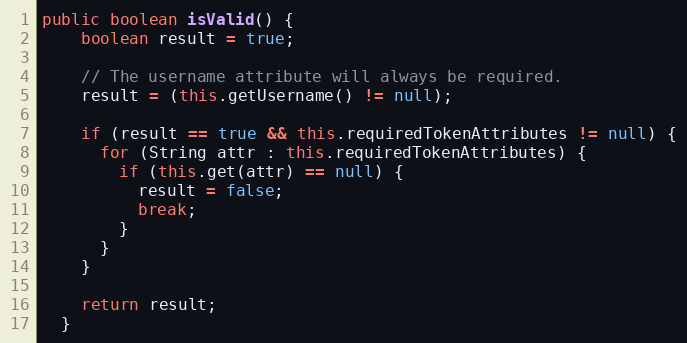
Language: Java
public boolean isValid() {
    boolean result = true;

    // The username attribute will always be required.
    result = (this.getUsername() != null);

    if (result == true && this.requiredTokenAttributes != null) {
      for (String attr : this.requiredTokenAttributes) {
        if (this.get(attr) == null) {
          result = false;
          break;
        }
      }
    }

    return result;
  }